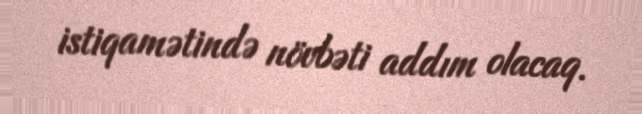
istiqamətində növbəti addım olacaq.